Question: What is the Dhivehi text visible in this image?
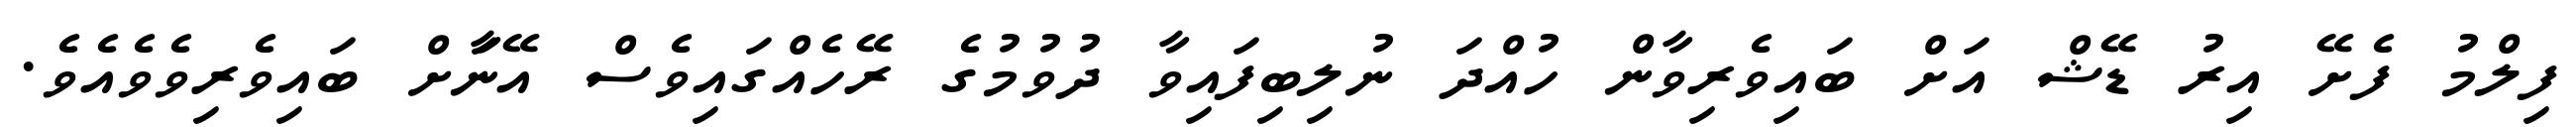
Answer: ފިލްމު ފެށޭ އިރު ޑޭޝް އަށް ބައިވެރިވާން ހުއްދަ ނުލިބިފައިވާ ދުވުމުގެ ރޭހެއްގައިވެސް އޭނާަށް ބައިވެރިވެވެއެވެ.